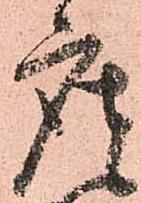
座